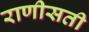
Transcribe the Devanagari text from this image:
राणीसती